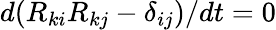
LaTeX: d(R_{ki}R_{kj}-\delta_{ij})/dt=0